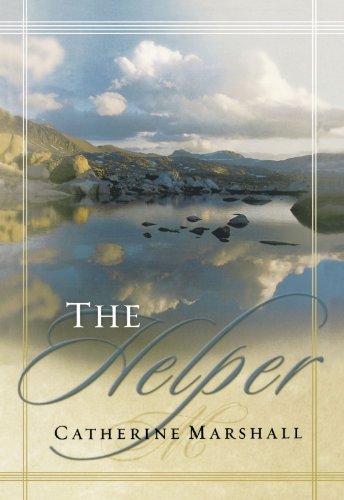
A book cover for The Helper; Catherine Marshall; Christian Books & Bibles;